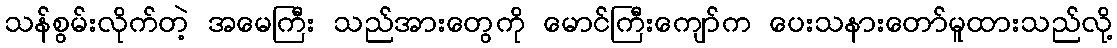
သန်စွမ်းလိုက်တဲ့ အမေကြီး သည်အားတွေကို မောင်ကြီးကျော်က ပေးသနားတော်မူထားသည်လို့